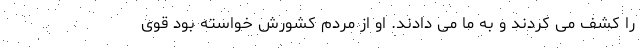
را کشف می کردند و به ما می دادند. او از مردم کشورش خواسته بود قوی